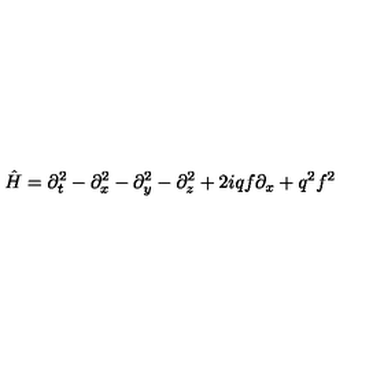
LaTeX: { \hat { H } } = \partial _ { t } ^ { 2 } - \partial _ { x } ^ { 2 } - \partial _ { y } ^ { 2 } - \partial _ { z } ^ { 2 } + 2 i q f \partial _ { x } + q ^ { 2 } f ^ { 2 }